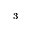
^ 3